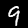
Digit: 9